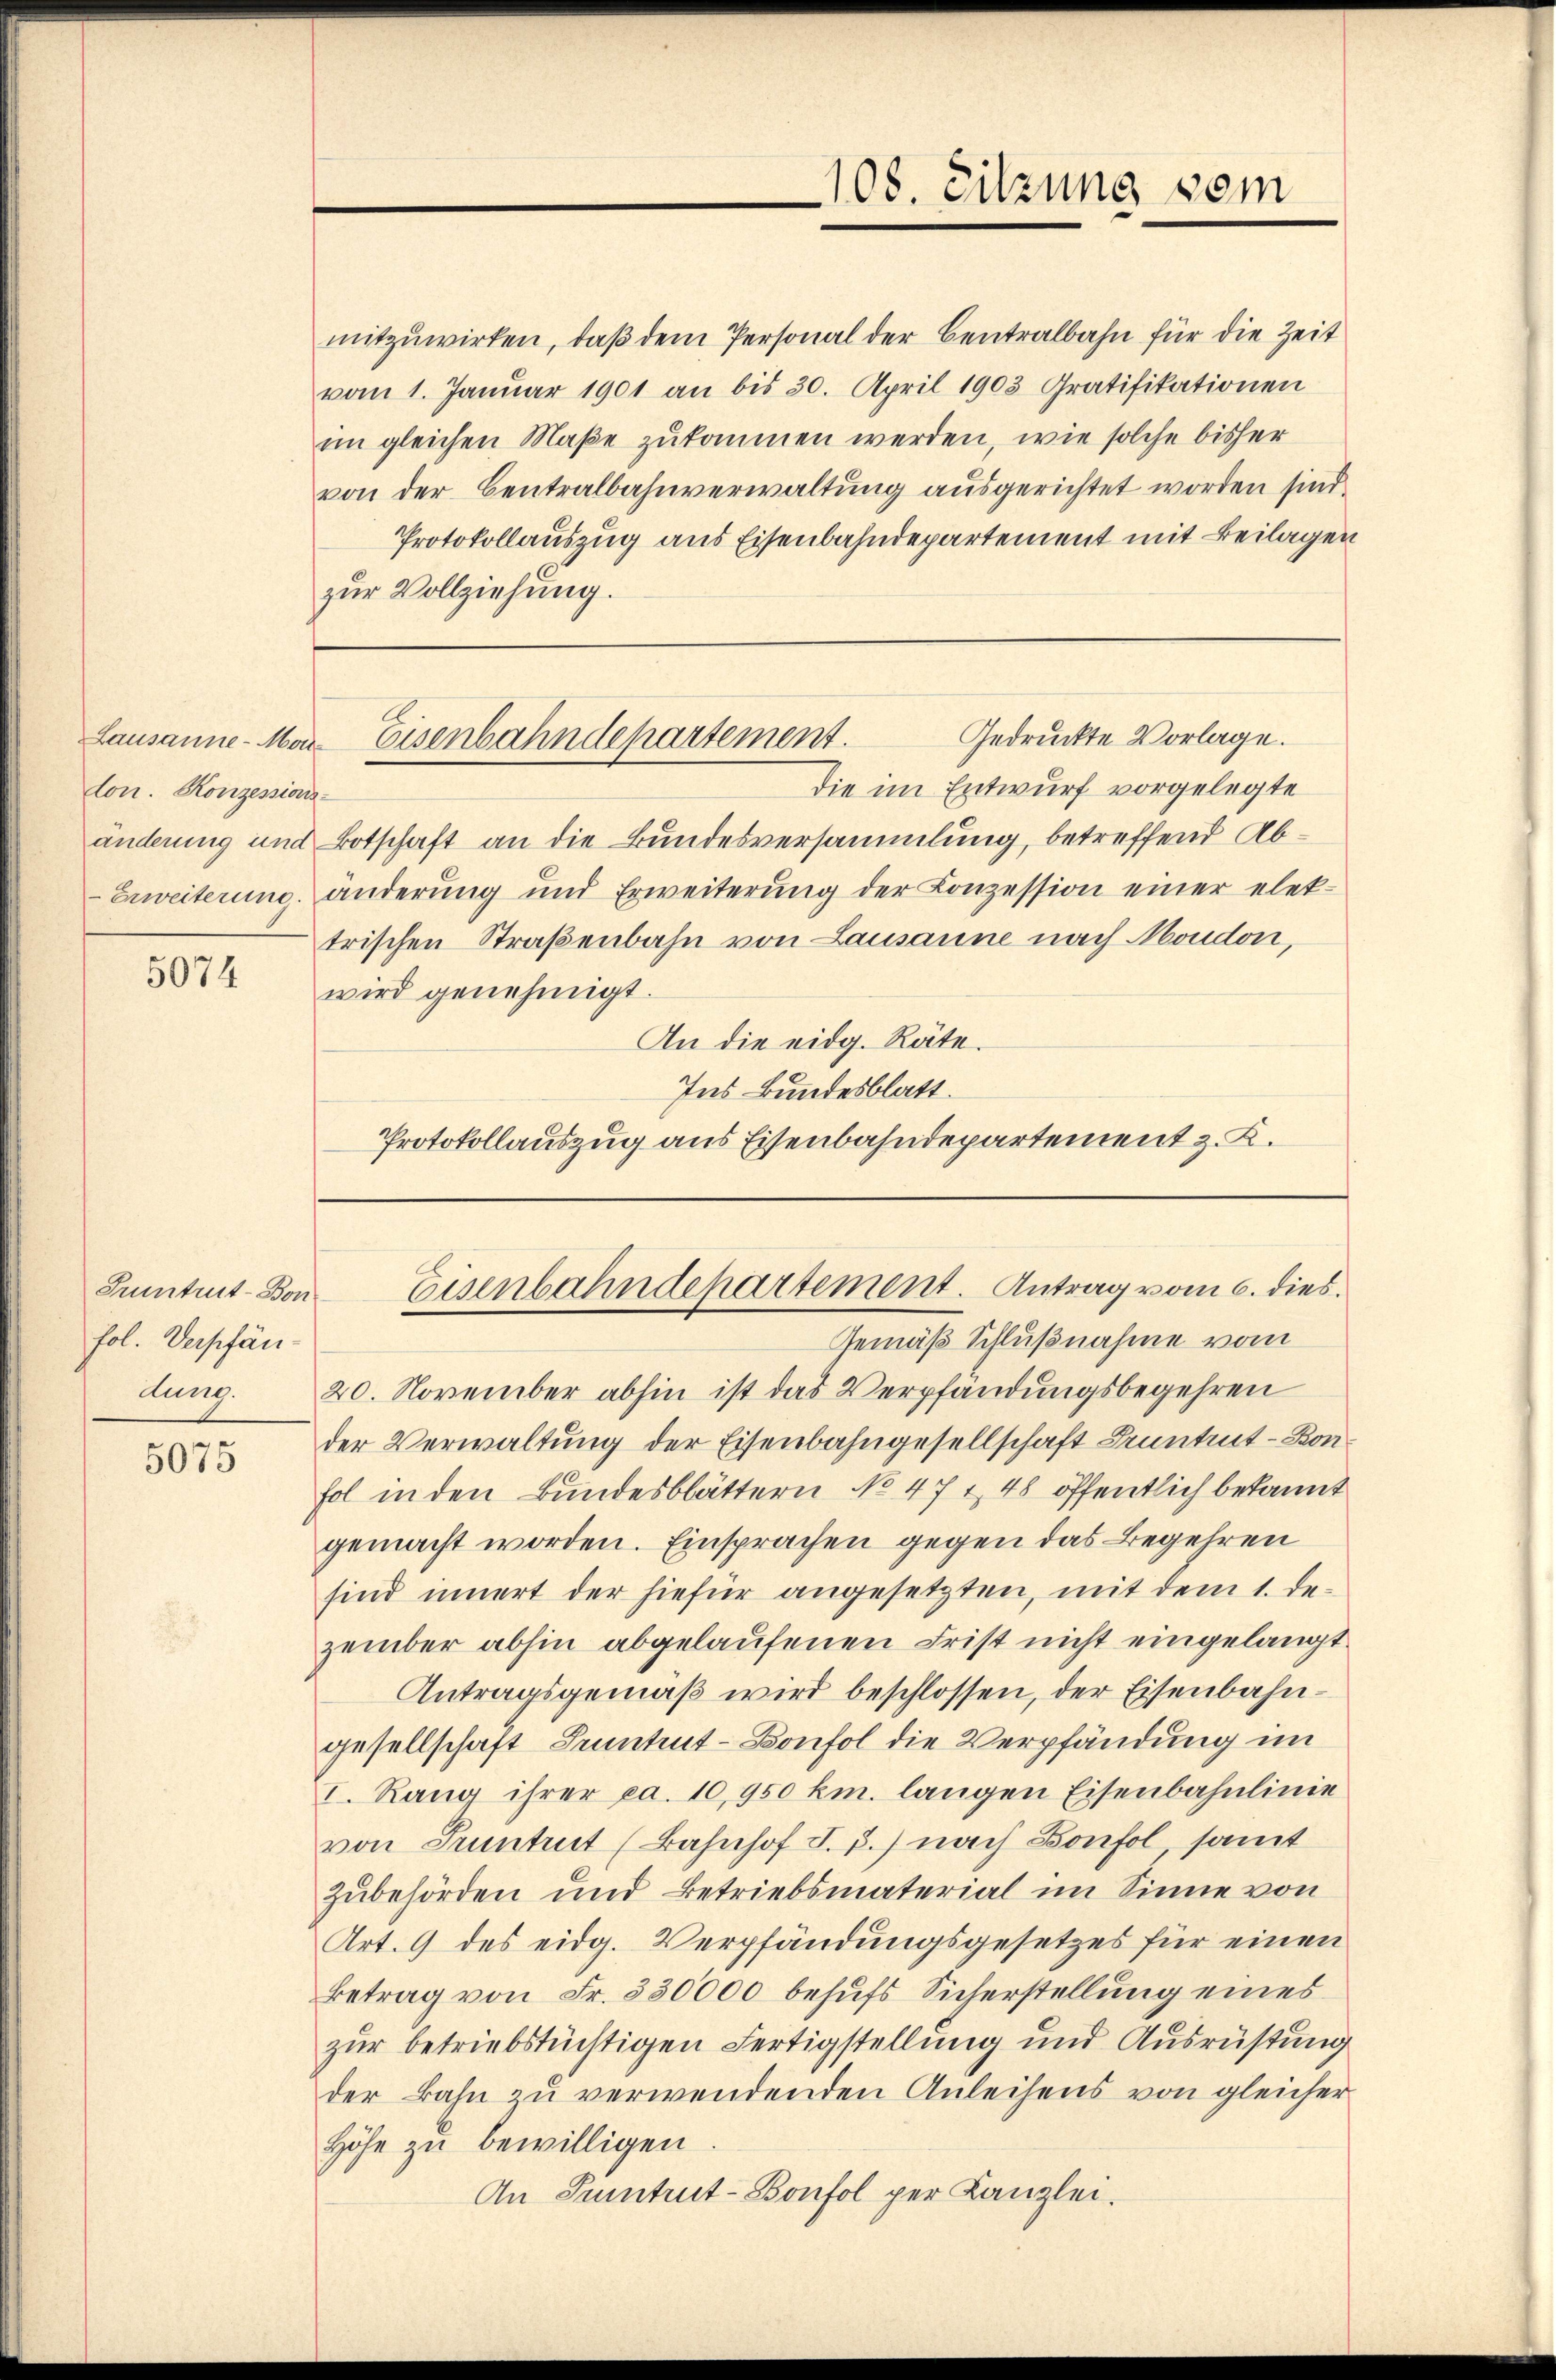
lon. Konzessions-
Erweiterung.

5074

Pruntrut-Bonfol. Verpfän-
dung.

5075

108. Sitzung vom

Gedruckte Vorlage.
Lausanne - Mon. Eisenbahndehartement.

Eisenbahndepartement. Antrag vom 6. dies

mitzuwirken, daß dem Personal der Centralbahn für die Zeit
vom 1. Januar 1901 an bis 30. April 1903 Gratifikationen
im gleichen Maße zukommen werden, wie solche bisher
von der Centralbahnverwaltung ausgerichtet worden sind,
Protokollauszug aus Eisenbahndepartement mit Beilagen
zur Vollziehung.
die im Entwurf vorgelegte
änderung und Botschaft an die Bundesversammlung, betreffend Abänderung und Erweiterŭng der Conzession einer elek-
trischen Straßenbahn von Lausanne nach Moudon,
wird genehmigt.
An die eidg. Räte.
Ins Bundesblatt.
Protokollauszug aus Eisenbahndepartement z. K.

Gemäß Schlußnahme vom
20. November abhin ist das Verpfändungsbegehren
der Verwaltung der Eisenbahngesellschaft Bruntrut-Bon¬
Fol in den Bundesblättern No 47 & 48 öffentlich bekannt
gemacht worden. Einsprachen gegen das Begehren
sind innert der hiefür angesetzten, mit dem 1. Dezember abhin abgelaufenen Frist nicht eingelangt
Antragsgemäß wird beschlossen, der Eisenbahngesellschaft Petit-Konfol die Verpfändung im
I. Rang ihrer ca. 10,950 km. langen Eisenbahnlinie
von Seitet (Bahnhof I. p.) nach Bonfol, samt
Zubehörden und Betriebsmaterial im Sinne von
Art. 9 des eidg. Verpfändungsgesetzes für einen
Betrag von Fr. 530000 behufs Sicherstellung eines
zur betriebstüchtigen Fertigstellung und Ausrüstung
der Bahn zu verwendenden Anleihens von gleicher
Höhe zu bewilligen
An Tuntrut-Bonfol per Kanzlei.